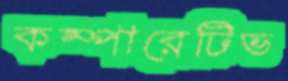
কম্পারেটিভ